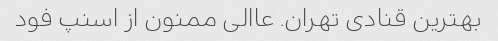
بهترین قنادی تهران. عاالی ممنون از اسنپ فود